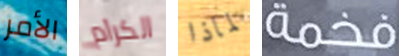
الأمر الكرام لماذا فخمة